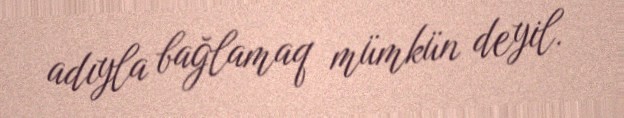
adıyla bağlamaq mümkün deyil.